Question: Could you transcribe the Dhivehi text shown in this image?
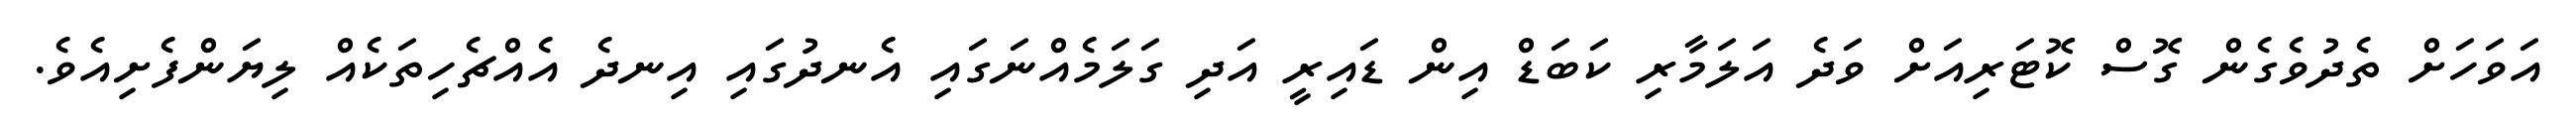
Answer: އަވަހަށް ތެދުވެގެން ގޮސް ކޮޓަރިއަށް ވަދެ އަލަމާރި ކަބަޑް އިން ޑައިރީ އަދި ގަލަމެއްނަގައި އެނދުގައި އިނދެ އެއްޗެހިތަކެއް ލިޔަންފެށިއެވެ.